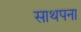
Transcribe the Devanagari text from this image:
साथपना